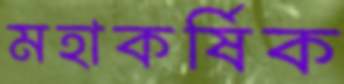
মহাকর্ষিক